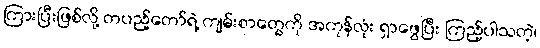
ကြားပြီးဖြစ်လို့ တပည့်တော်ရဲ့ ကျမ်းစာတွေကို အကုန်လုံး ရှာဖွေပြီး ကြည့်ပါသတဲ့၊